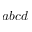
a b c d